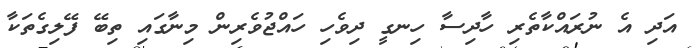
އަދި އެ ނުރައްކާތެރި ހާދިސާ ހިނގީ ދިވެހި ހައްޖުވެރިން މިނާގައި ތިބޭ ފޭލިގެތަކާ